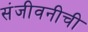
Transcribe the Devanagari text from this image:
संजीवनीची